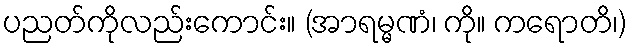
ပညတ်ကိုလည်းကောင်း။ (အာရမ္မဏံ၊ ကို။ ကရောတိ၊)